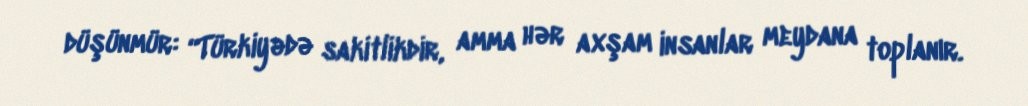
düşünmür: “Türkiyədə sakitlikdir, amma hər axşam insanlar meydana toplanır.